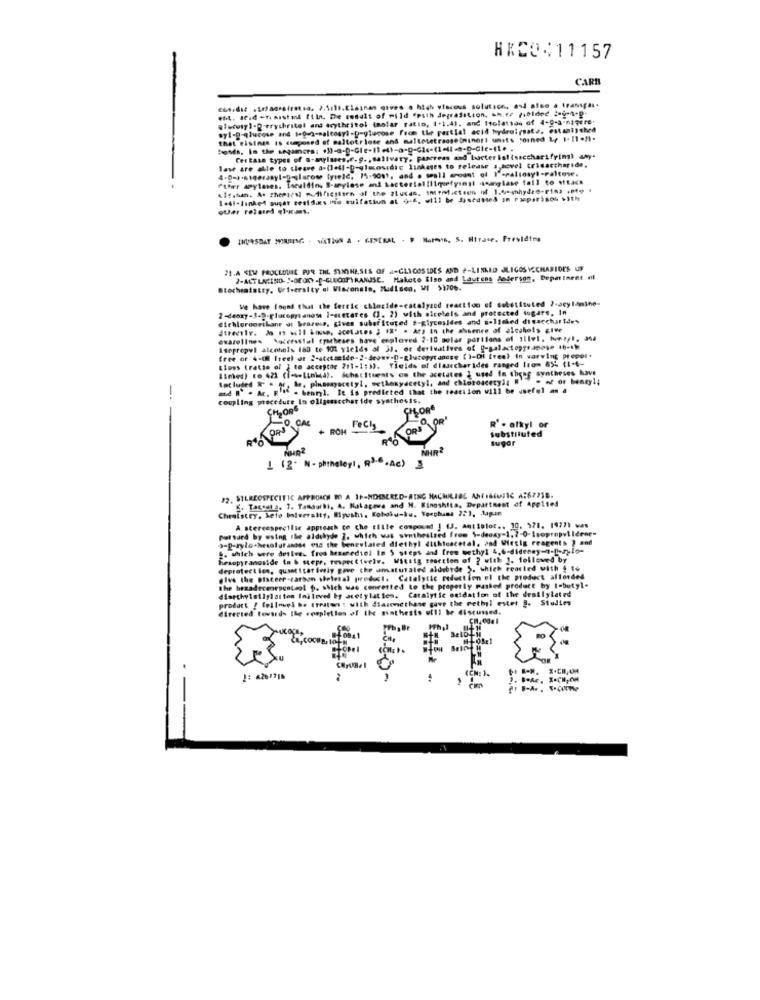
HKCON11157
CARI
est. dead -finistad filn. De result of wild "Path degradation, sn.er (ibidee 2-i-h.p.
glucosy]-[-erythritel and drytheitol (nolar ratio, 1+1.41. and Itolation of 4-0-3-nigere.
syl-g-glucose and $=g-g-malcosy !- D=glucose from the partiet acid hydroirsate, estan1)thed
that eisines Is deposed of maltotr lose and maltetetraosetnings! units joined &, 1-[1.").
Certain types of a-anyisses,f.g ., salivary, pancreas and bacter ial (ssccharsfrimi any-
lase are alle to cleave a.(lell-Deglucosidie Isakages to release 3, sovel trisaccharide.
4-D=).sigerasyl-p-glacose tyrele, 15-9081, and . seall eroant of I'-paltosy !- Paltow.
Fther apyloses. Iseuldin, B-arylose and bacterial (liquefyingi qcaglase foll to +tach
1.41-linked sugar sesidas bin sulfatium at 9-6, will be Jasedsses on racparisos sith
THURSDAY MIRRING - NATION A . CESERAL . P NAPA, S. Hirase. Presiding
21.A 4[W PROCLOUIE FOR THE SYNTHESIS OF 4-GLYCOSIDES AND #-LINKED JLIGOS ACCHARIDES UF
2-ACTLAENO- S-OFORY -- GLUCOFRANS. Maketo Riso and Laurens Jederson, Department nl
Biochealatty. Urtseraity al Wisconsin, Madison, WI $3706.
We have found that the fertic chloride-catalyzed reaction of solstituted >-acylanine-
2-deoxy-5.0-glucopysanose I-acetates (). 2) with sicetels and protected wugare, In
dichloromrikane di brarose, gives substituted #-glycosides and s-linked disaccharides
atreele. Jo 1 will knusp, acetates ; IS' . At) In the absence of alcohols ciwe
ewarelines Successtal truheses have enploved 2-10 solar portions of silvi. her/1, 364
Isoprepvi alcohols 160 to 101 yields of 3J. ot derivatives of g-galactopyrapose 10-IM
Lioss (ratio of } to acceptor 211-1:3). Yields of dlaaccharides ranged from 855 (1+4-
free or 4-( freel ot 2-stetsmide-2-deone-D-glucopytancse ()-QHl (reel in warwing propor.
Lines) to 421 (1-seLinked). Substituents on the acetates I used In theog syntheses have
Secluded & e qc, he, pinasmyacetyl, methoxyacetyl, and chloroacety': '= of or benzy1;
md l` . Ac. R'if . benryl. It is predicted that the reaction will be useful as a
--
coupling procedure In oligosacchar ide syathesis.
CH2ORS
CHLORE
0 CAL
ROM
Fach
R' . alkyl or
substituted
Rª0
sugar
NHR
1 (2. N- phinelogi, R3· · Ac) 3
12. SILREOSPECITIC APPROACH DO A IP-NOISERED-RING HACHILIAL ANTIBIOTIC A:67718.
S. Tacesta. 1. Tamaurhi, A. Nakagave and H. Kinoshita, Department of Applied
Chealstry, belo Iniveraity, Miyoshi, Kohobu-ku, Yorphans 221, Japan
parsard by wsing the aldehyde 3, which was sinthesired from \-deoxy-1,7-0-IsopropylIdene=
A stereespectlie approach co che tiile compound ] (J. Antislot .. 10, 371. 19771 was
3-p-rylo-hesalutanose esa the beneulated diethyl dithiescetal. and Wiecig reagents ? and
- which were detive. from hessrediol In 5 steps and from wethyl 4,6-didesay -- [hogylo-
Fraopyranoside in & sepr, respectively. Wittig reaction of ? with ]. followed by
deprotection, qusatitat iwiy gave che anaturaled aldebyde >, which reacted with @ to
give the Bixceer -carbon shelesal product. Catalytic reduction el the product afforded
the hexadecenepontaol p. which was converted to the properly pashed product by I-butyl-
dimethylsilylation Iniloved by acetylation. Catalytic oxidation of the desilylated
prodact / followed be (realw ! with diasonethane gave the methyl ester B. Studies
directed towards the completion of the sinthesis will be discussed.
--